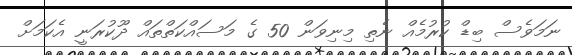
ނަމަވެސް ބިޑް ކުރުމެއް ނެތި މިނިވަން 50 ގެ މަސައްކަތްތައް ދޫކުރަނީ އެކަމަށް